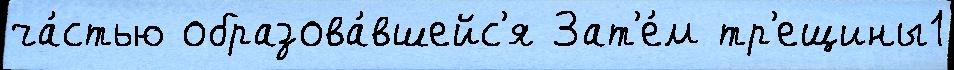
ча́стью образова́вшейс'я Зат'е́м тр'ещины1